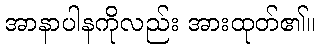
အာနာပါနကိုလည်း အားထုတ်၏။